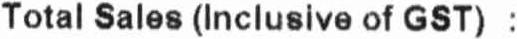
TOTAL SALES (INCLUSIVE OF GST) :